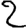
Digit: 2